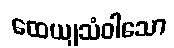
ထေယျသံဝါသော